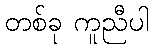
တစ်ခု ကူညီပါ